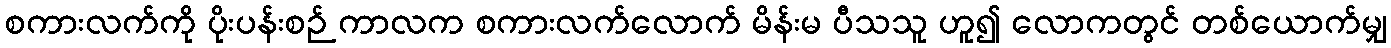
စကားလက်ကို ပိုးပန်းစဉ် ကာလက စကားလက်လောက် မိန်းမ ပီသသူ ဟူ၍ လောကတွင် တစ်ယောက်မျှ